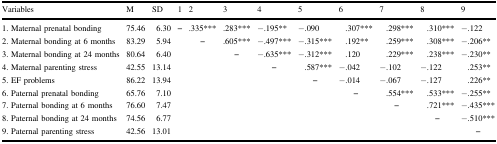
<table><thead><tr><td><b>Variables</b></td><td><b>M</b></td><td><b>SD</b></td><td><b>1</b></td><td><b>2</b></td><td><b>3</b></td><td><b>4</b></td><td><b>5</b></td><td><b>6</b></td><td><b>7</b></td><td><b>8</b></td><td><b>9</b></td></tr></thead><tbody><tr><td>1. Maternal prenatal bonding</td><td>75.46</td><td>6.30</td><td>–</td><td>.335***</td><td>.283***</td><td>−.195**</td><td>−.090</td><td>.307***</td><td>.298***</td><td>.310***</td><td>−.122</td></tr><tr><td>2. Maternal bonding at 6 months</td><td>83.29</td><td>5.94</td><td></td><td>–</td><td>.605***</td><td>−.497***</td><td>−.315***</td><td>.192**</td><td>.259***</td><td>.308***</td><td>−.206**</td></tr><tr><td>3. Maternal bonding at 24 months</td><td>80.64</td><td>6.40</td><td></td><td></td><td>–</td><td>−.635***</td><td>−.312***</td><td>.120</td><td>.229***</td><td>.238***</td><td>−.230**</td></tr><tr><td>4. Maternal parenting stress</td><td>42.55</td><td>13.14</td><td></td><td></td><td></td><td>–</td><td>.587***</td><td>−.042</td><td>−.102</td><td>−.122</td><td>.253**</td></tr><tr><td>5. EF problems</td><td>86.22</td><td>13.94</td><td></td><td></td><td></td><td></td><td>–</td><td>−.014</td><td>−.067</td><td>−.127</td><td>.226**</td></tr><tr><td>6. Paternal prenatal bonding</td><td>65.76</td><td>7.10</td><td></td><td></td><td></td><td></td><td></td><td>–</td><td>.554***</td><td>.533***</td><td>−.255**</td></tr><tr><td>7. Paternal bonding at 6 months</td><td>76.60</td><td>7.47</td><td></td><td></td><td></td><td></td><td></td><td></td><td>–</td><td>.721***</td><td>−.435***</td></tr><tr><td>8. Paternal bonding at 24 months</td><td>74.56</td><td>6.77</td><td></td><td></td><td></td><td></td><td></td><td></td><td></td><td>–</td><td>−.510***</td></tr><tr><td>9. Paternal parenting stress</td><td>42.56</td><td>13.01</td><td></td><td></td><td></td><td></td><td></td><td></td><td></td><td></td><td>–</td></tr></tbody></table>